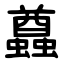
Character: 蠤